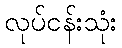
လုပ်ငန်းသုံး